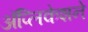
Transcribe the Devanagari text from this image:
अॅप्लिकेशने